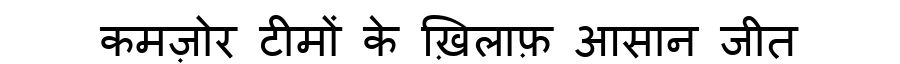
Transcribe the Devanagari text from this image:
कमज़ोर टीमों के ख़िलाफ़ आसान जीत